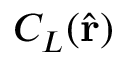
C _ { L } ( \hat { \bf r } )